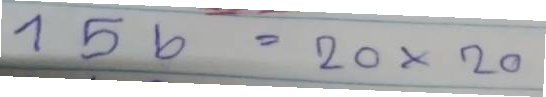
156 = 20x20